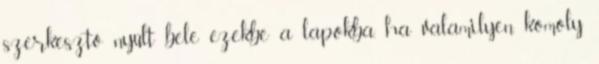
szerkesztő nyúlt bele ezekbe a lapokba, ha valamilyen komoly